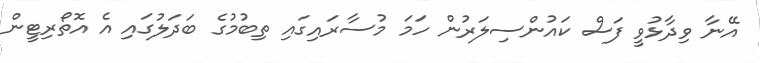
އޭނާ ވިދާޅުވީ ފަސް ކައުންސިލަރުން ހަމަ މުސާރައިގައި ތިބުމުގެ ބަދަލުގައި އެ އޮތޯރިޓީން